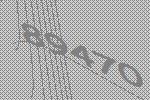
89470